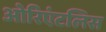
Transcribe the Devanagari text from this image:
ओरिएंटलिस